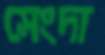
সেংদা